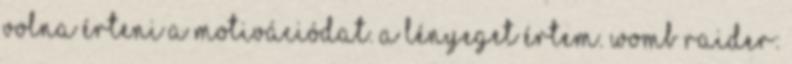
volna érteni a motivációdat. A lényeget értem. Womb Raider: